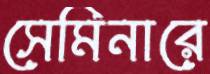
সেমিনারে